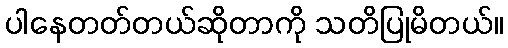
ပါနေတတ်တယ်ဆိုတာကို သတိပြုမိတယ်။